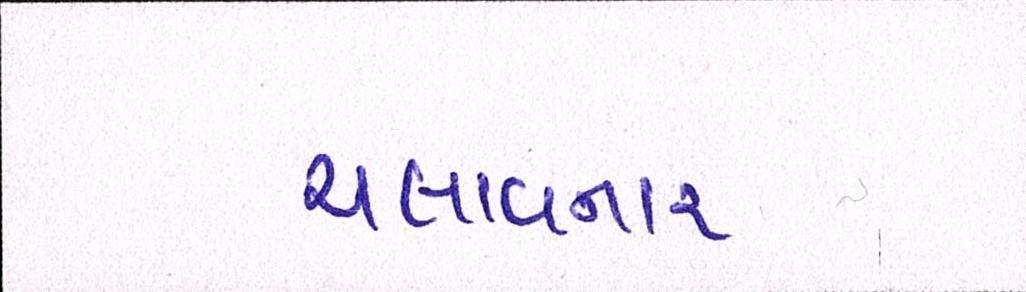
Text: ચલાવનાર